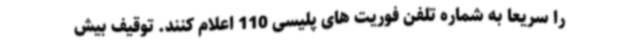
را سریعاً به شماره تلفن فوریت های پلیسی 110 اعلام کنند. توقیف بیش